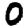
Digit: 0